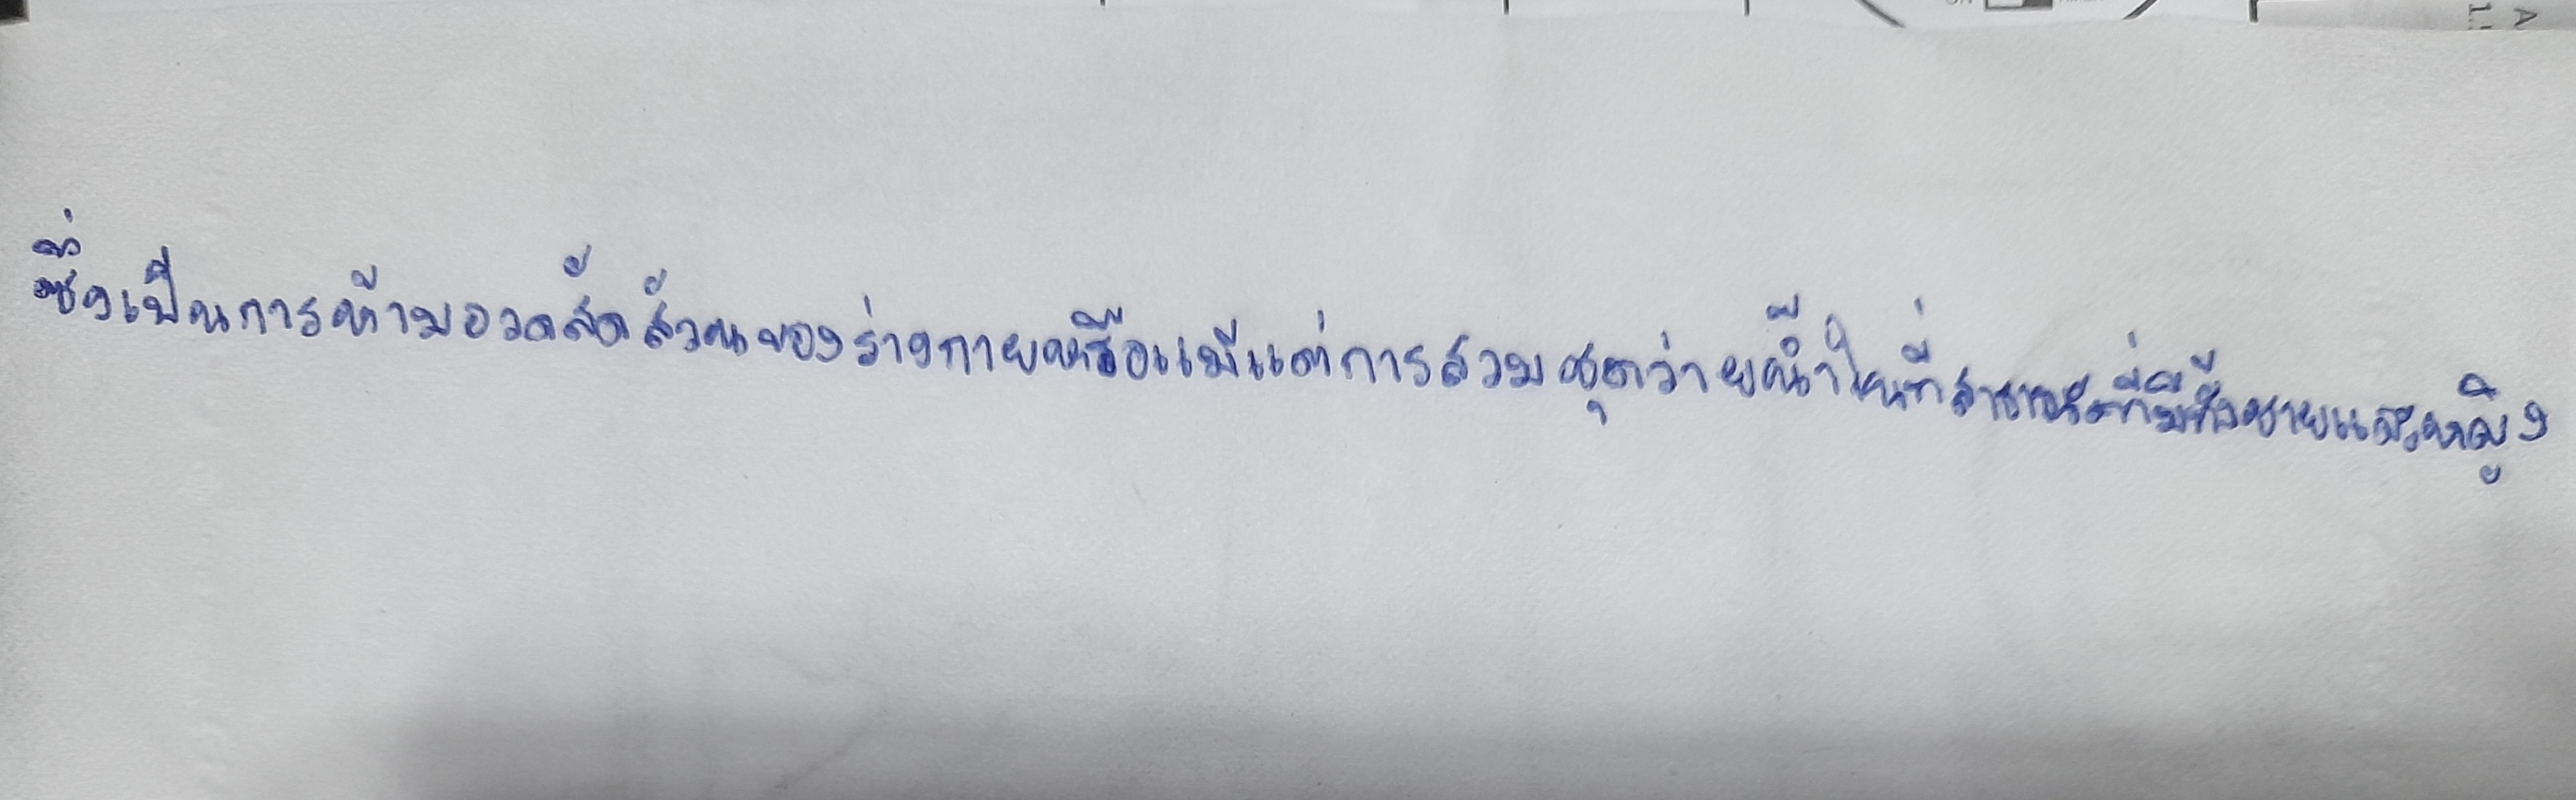
ซึ่งเป็นการห้ามอวดสัดส่วนของร่างกายหรือแม้แต่การสวมชุดว่ายน้ำในที่สาธารณะที่มีทั้งชายและหญิง